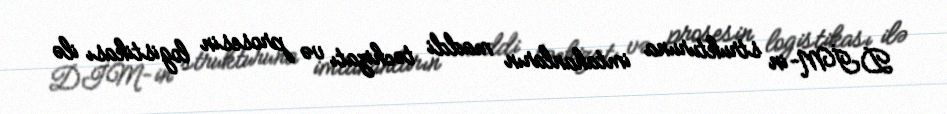
DİM-in strukturuna imtahanların maddi təchizatı və prosesin logistikası ilə